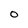
Character: 0